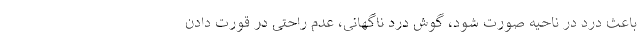
باعث درد در ناحیه صورت شود، گوش درد ناگهانی، عدم راحتی در قورت دادن